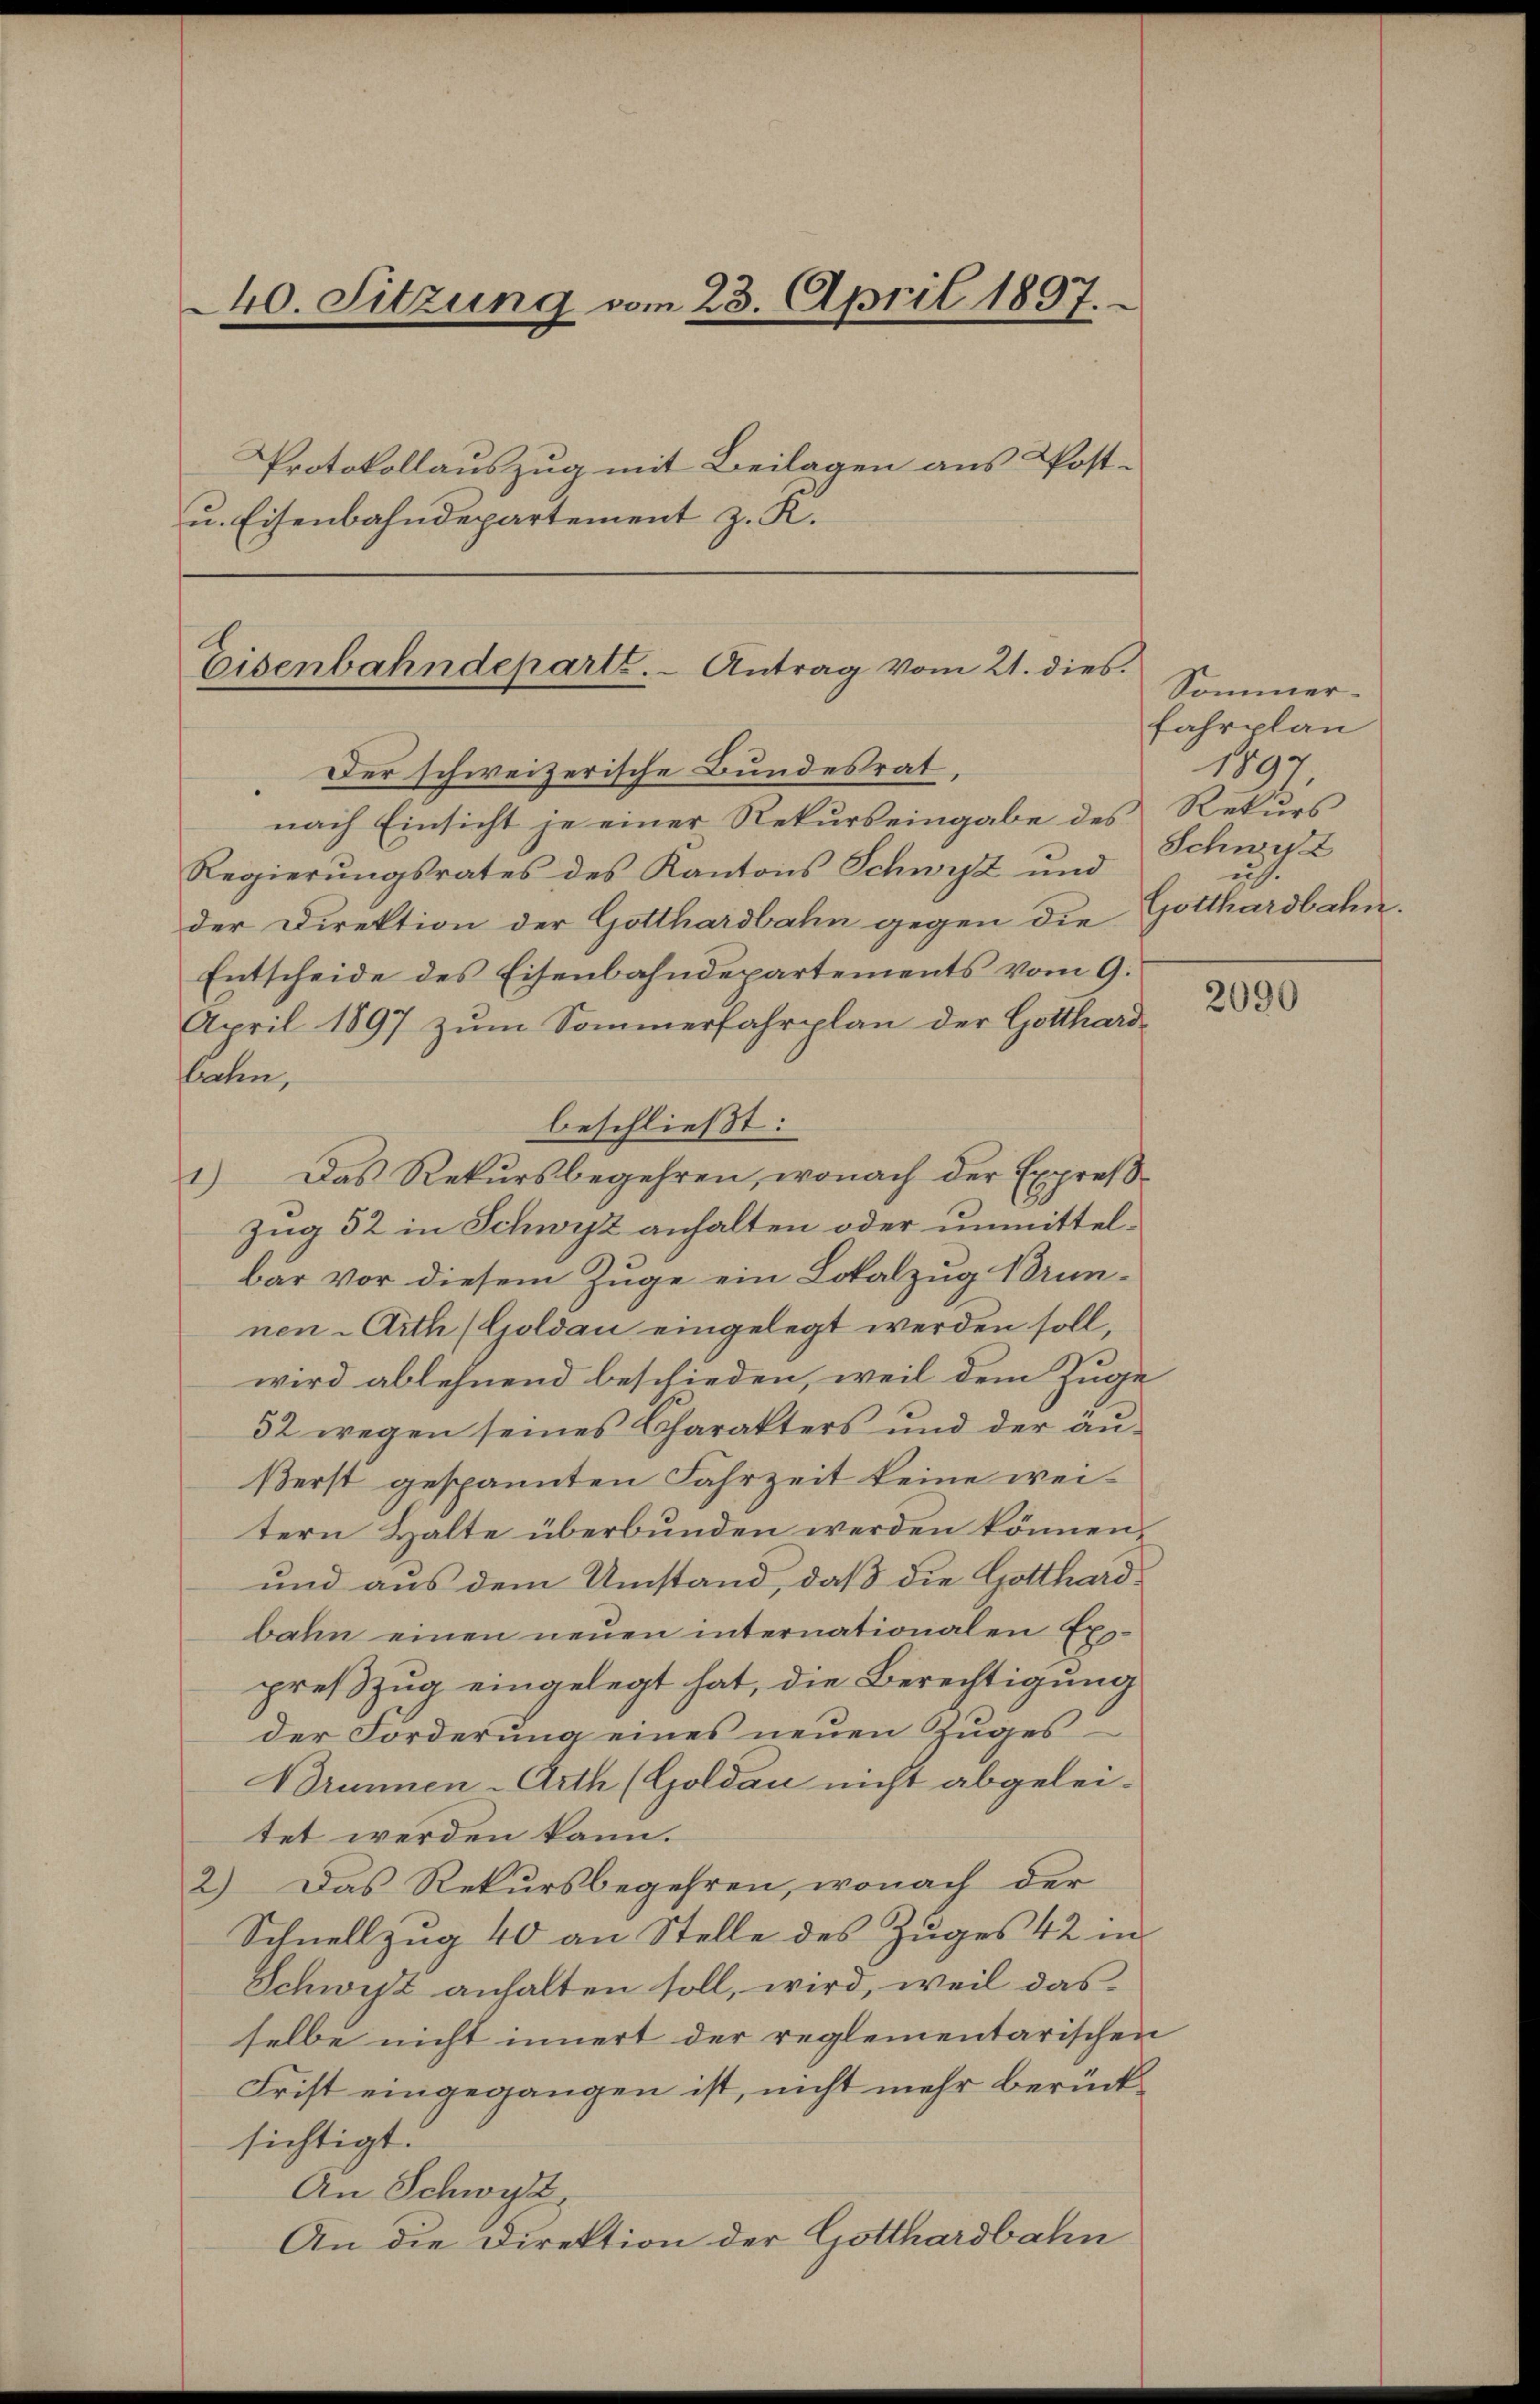
240. Sitzung vom 23. April 1897.
Protokollauszug mit Beilagen aus Post-
u. Eisenbahndepartement z. K.

Eisenbahndeparte. - Antrag vom 21. dies
Der schweizerische Bundesrat

nach Einsicht je einer Rekurs eingabe des Rekurs
Regierŭngsrates des Kantons Schwyz und
der Direktion der Gotthardbahn gegen die
Entscheide des Eisenbahndepartements vom 9.
April 1897 zum Sommerfahrplan der Gotthard-
bahn,
beschließt:
1.) Das Rekursbegehren, wonach der Expreβ-
Zug 32 in Schwyz anhalten oder unmittelbar vor diesem Zuge ein Lokalzug Brunnen-Arth (Goldau eingelegt werden soll,
wird ablehnend beschieden, weil dem Zuge
32 wegen seines Charakters und der anßerst gespannten Fahrzeit keine weitern Halte überbunden werden können,
und aus dem Umstand, daß die Gotthardbahn einen neuen internationalen Expreßzug eingelegt hat, die Berechtigung
der Forderung eines neuen Zuges
Brunnen-Arth (Goldau nicht abgelei-
tet werden kann.
2.) Das Rekursbegehren, wonach der
Schnellzug 40 an Stelle des Zuges 42 in
Schwest anhalten soll, wird, weil das
selbe nicht innert der reglementarischen
Frist eingegangen ist, nicht mehr berücksichtigt.
An Schwyz,
An die Direktion der Gotthardbahn

Sommer-
fahrplan
1897,
Schwyz
uh.
Gotthardbahn.

2090